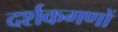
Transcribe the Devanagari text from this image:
दर्शकगणों